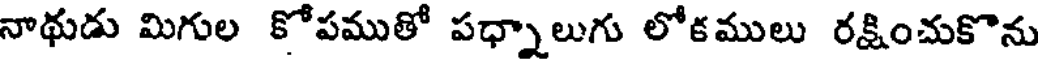
నాథుడు మిగుల కోపముతో పధ్నాలుగు లోకములు రక్షించుకొను